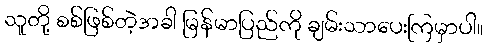
သူတို့ စစ်ဖြစ်တဲ့အခါ မြန်မာပြည်ကို ချမ်းသာပေးကြမှာပါ။